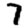
Digit: 7